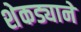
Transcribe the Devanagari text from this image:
शेकड्याने